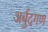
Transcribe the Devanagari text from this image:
अर्बुदगण